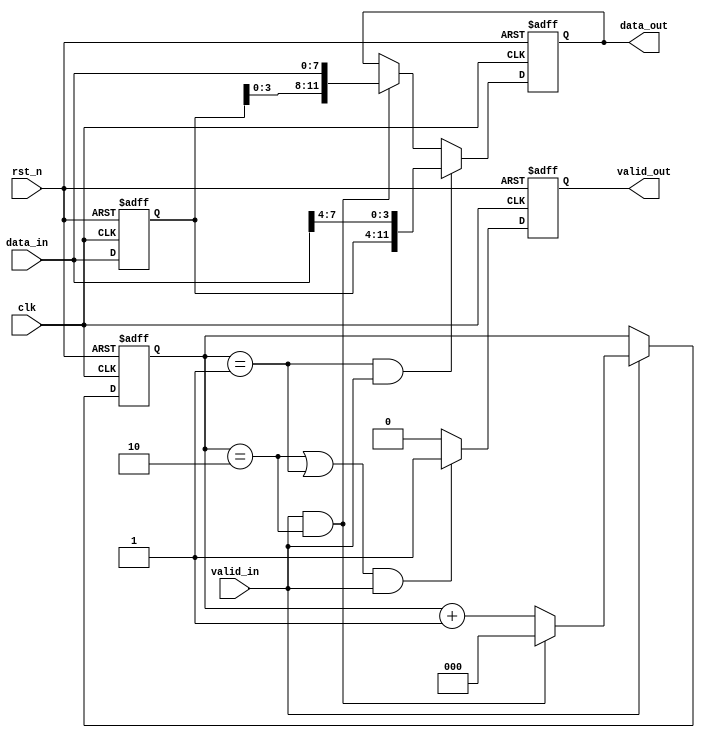
`timescale 1ns/1ns

module width_8to12(
	input 				   clk 		,   
	input 			      rst_n		,
	input				      valid_in	,
	input	[7:0]			   data_in	,
 
 	output  reg			   valid_out,
	output  reg [11:0]   data_out
);

reg[11:0] tmp;
wire add_cnt;
wire end_cnt;
reg [2:0] cnt;
                    
always @(posedge clk or negedge rst_n)begin
    if(!rst_n)begin
        cnt <= 0;
    end
    else if(add_cnt)begin
        if(end_cnt)
            cnt <= 0;
        else
            cnt <= cnt + 1;
    end
end
                    
assign add_cnt = valid_in;  
assign end_cnt = add_cnt && cnt== 2; 

always  @(posedge clk or negedge rst_n)begin
    if(rst_n==1'b0)begin
        tmp <= 0;
    end
    else begin
        tmp <= {tmp[3:0],data_in};
    end
end

always  @(posedge clk or negedge rst_n)begin
    if(rst_n==1'b0)begin
        valid_out <= 0;
    end
    else if((cnt == 2 || cnt == 1)&&valid_in)begin
        valid_out <= 1;
    end
    else begin
        valid_out <= 0;
    end
end

always  @(posedge clk or negedge rst_n)begin
    if(rst_n==1'b0)begin
        data_out <= 0;
    end
    else if (cnt == 1 && valid_in) begin
        data_out <= {tmp[7:0],data_in[7:4]};
    end
    else if (cnt == 2 && valid_in) begin
        data_out <= {tmp[3:0],data_in};
    end
end

endmodule